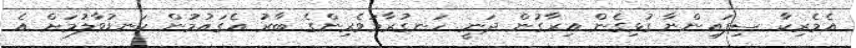
އެމެރިކާ ސިފައިންނާ ގުޅިގެން އިރާގުން ދަނީ ހަނގުރާމަވެރިންގެ ބާރު އެގައުމުން ކަނޑުވާލުމަށް އެ